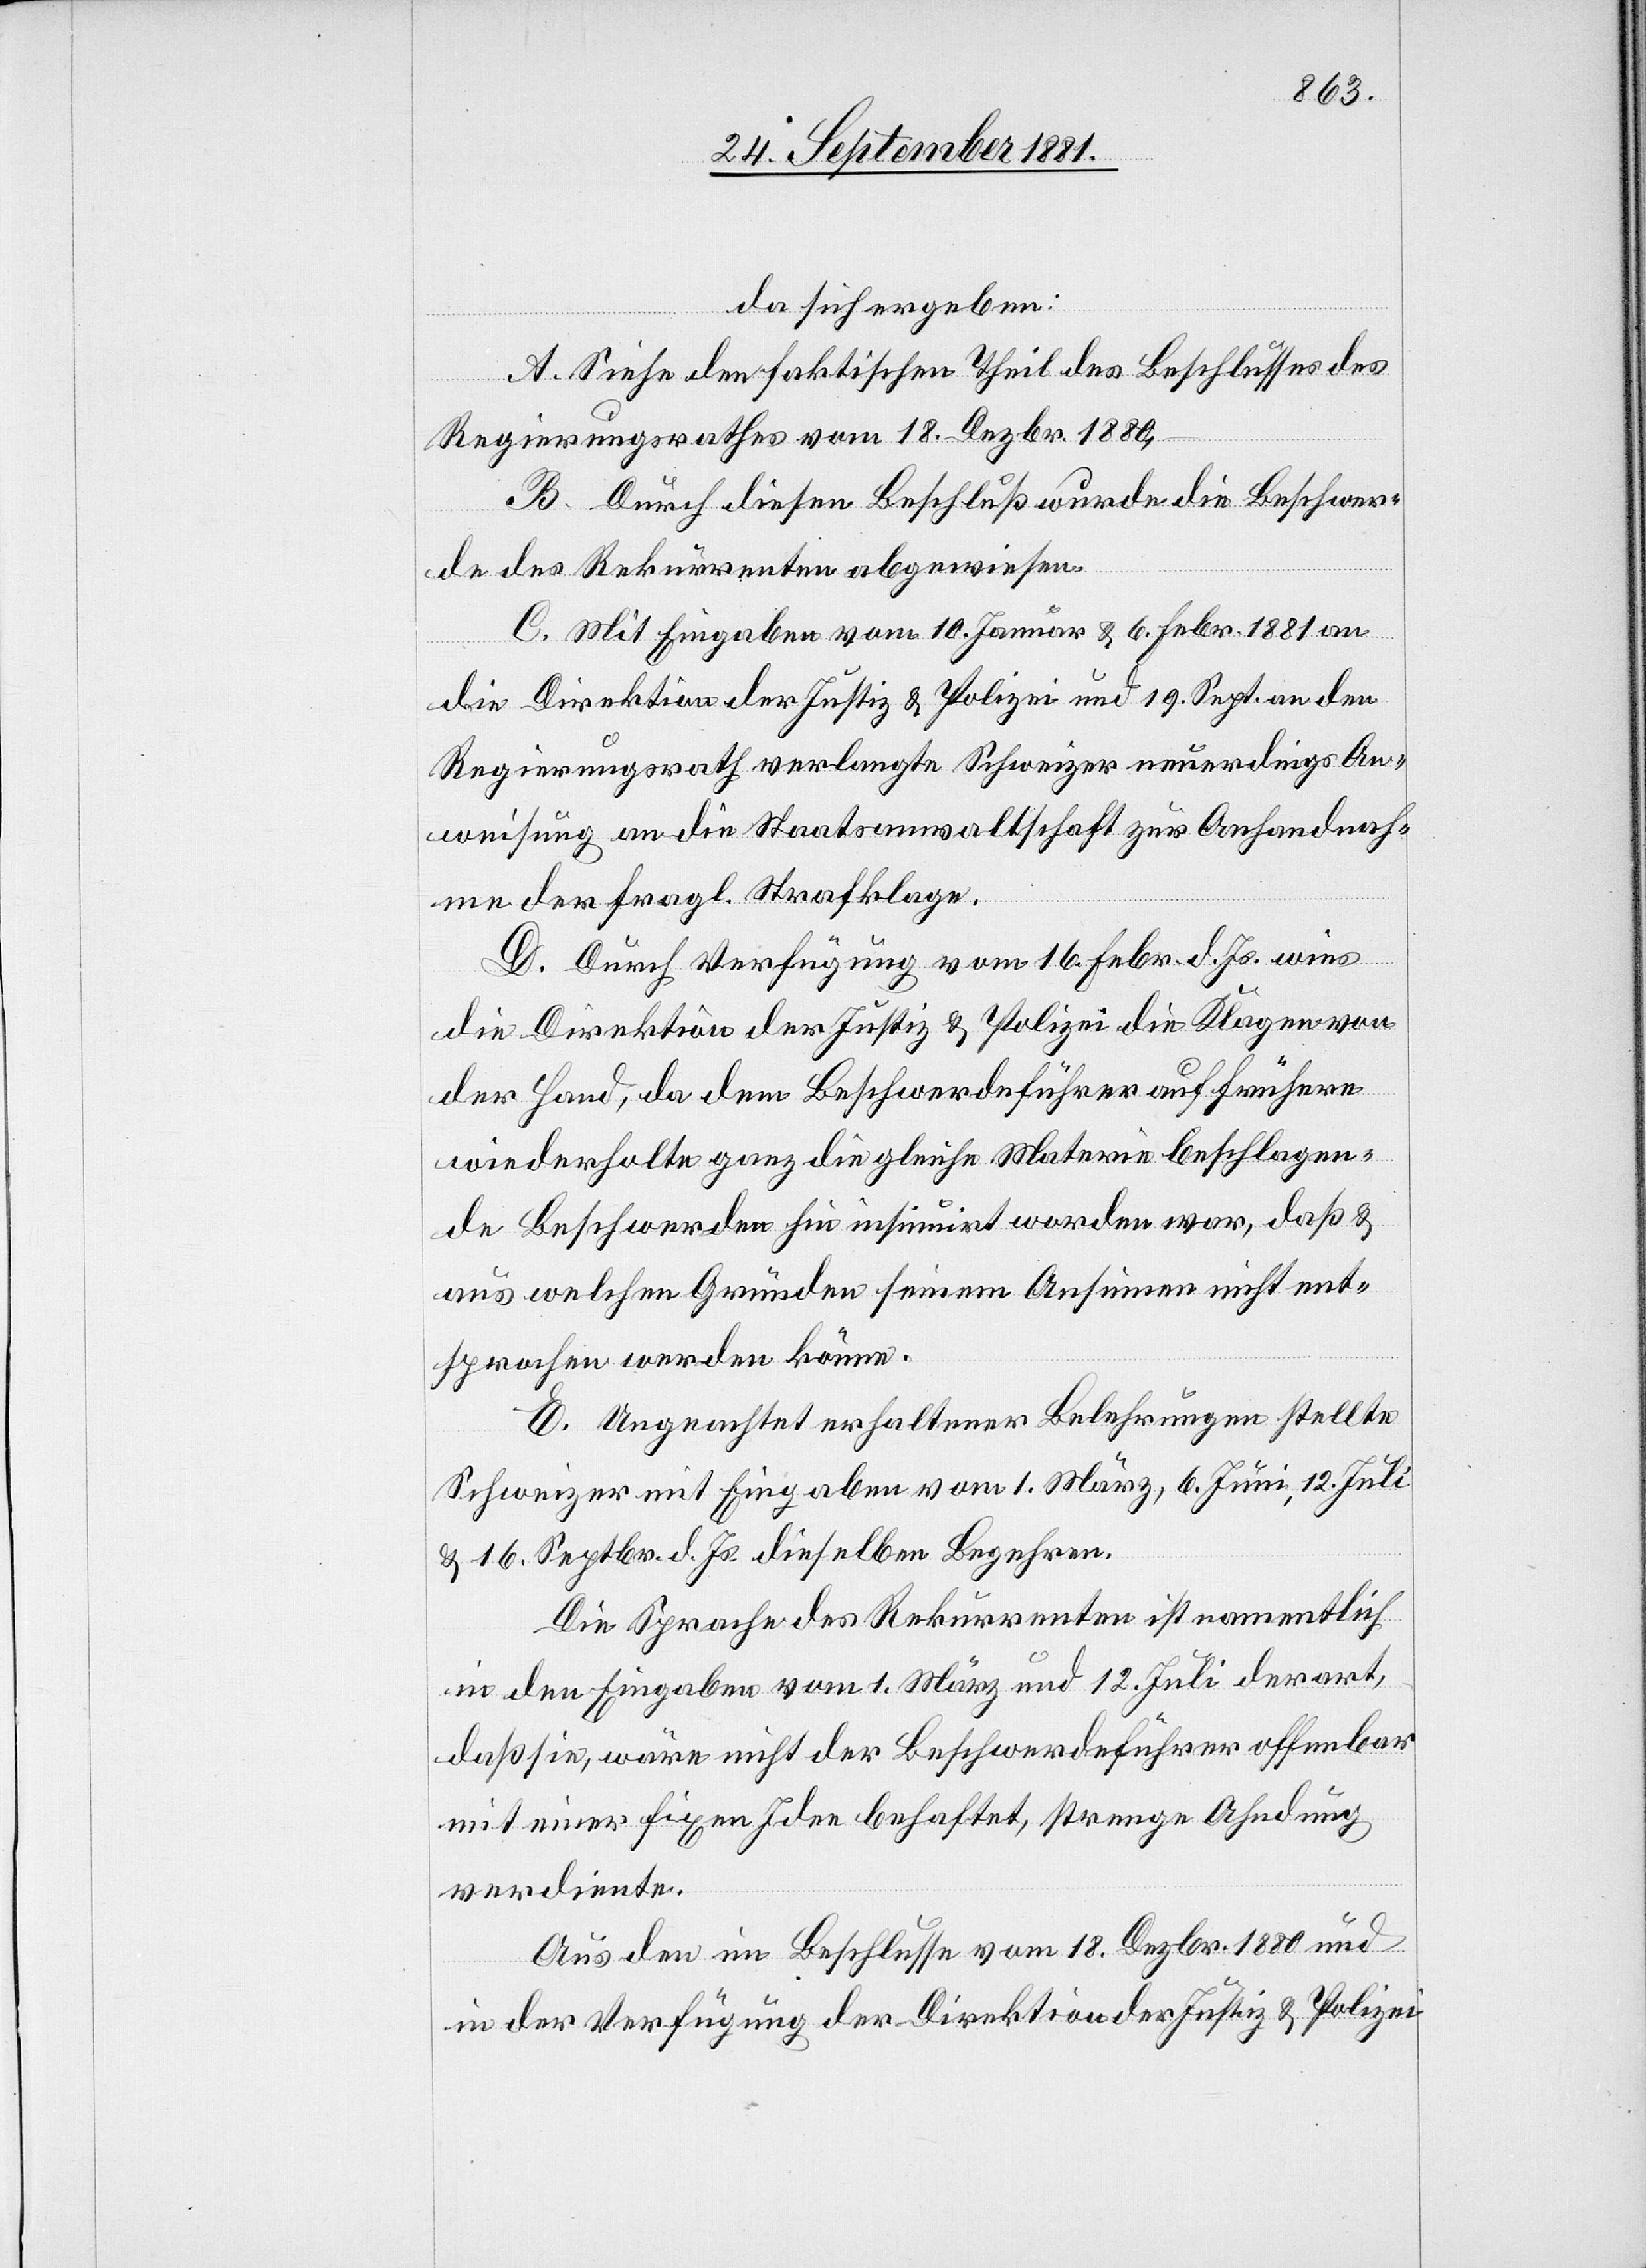
da sich ergeben:
A. Siehe den faktischen Theil des Beschlusses des
Regierungsrathes vom 18. Dezbr. 1880,
B. Durch diesen Beschluß wurde die Beschwer¬
de des Rekurrenten abgewiesen.
C. Mit Eingabe vom 10. Januar & 6. Febr. 1881 an
die Direktion der Justiz & Polizei und 19. Sept. an den
Regierungsrath verlangte Schweizer neuerdings An¬
weisung an die Staatsanwaltschaft zur Anhandnah¬
me der fragl. Strafklage.
D. Durch Verfügung vom 16. Febr. d. Js. wies
die Direktion der Justiz & Polizei die Klage von
der Hand, da dem Beschwerdeführer auf frühere
wiederholte ganz gleiche Materie beschlagen¬
de Beschwerden hin insinuirt worden war, daß &
aus welchen Gründen seinem Ansinnen nicht ent¬
sprochen werden könne.
E. Ungeachtet erhaltener Belehrungen stellte
Schweizer mit Eingabe vom 1. März, 6. Juni, 12. Juli
& 16. Septmbr. d. Js. dieselben Begehren.
Die Sprache des Rekurrenten ist namentlich
in den Eingaben vom 1. März und 12. Juli derart,
daß sie, wäre nicht der Beschwerdeführer offenbar
mit einer fixen Idee behaftet, strenge Ahndung
verdiente.
Aus den im Beschlusse vom 18. Dezbr. 1880 und
in der Verfügung der Direktion der Justiz & Polizei